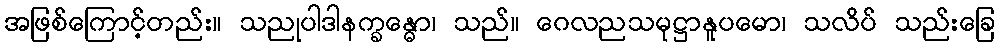
အဖြစ်ကြောင့်တည်း။ သညုပါဒါနက္ခန္ဓော၊ သည်။ ဂေလညသမုဋ္ဌာနူပမော၊ သလိပ် သည်းခြေ